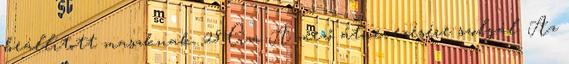
beállított maszknak. 28 Cím A mező átnevezésére szolgál. Az